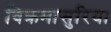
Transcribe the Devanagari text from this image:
विक्रमासुरिया